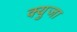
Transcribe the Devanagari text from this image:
क्युजा